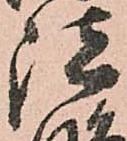
諸